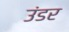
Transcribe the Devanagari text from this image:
उंडर